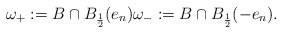
\begin{align*}\omega_+:={B}\cap B_{\frac{1}{2}}(e_n)\omega_-:={B}\cap B_{\frac{1}{2}}(-e_n). \end{align*}